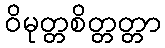
ဝိမုတ္တစိတ္တတ္တာ